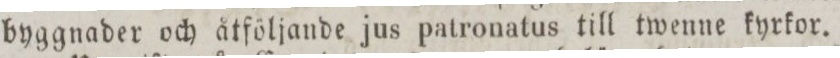
byggnader och åtföljande jus patronatus, till twenne kyrkor.